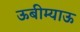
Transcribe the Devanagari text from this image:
ऊबीम्याऊ